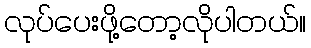
လုပ်ပေးဖို့တော့လိုပါတယ်။